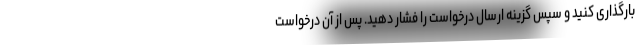
بارگذاری کنید و سپس گزینه ارسال درخواست را فشار دهید. پس از آن درخواست